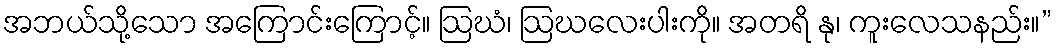
အဘယ်သို့သော အကြောင်းကြောင့်။ ဩဃံ၊ ဩဃလေးပါးကို။ အတရိ နု၊ ကူးလေသနည်း။”